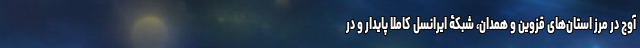
آوج در مرز استان‌های قزوین و همدان، شبکۀ ایرانسل کاملاً پایدار و در